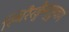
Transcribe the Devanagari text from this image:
स्थिरैरङ्गैस्तुष्टुवागं